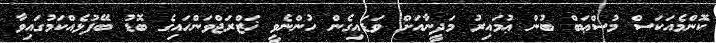
ކޮންމެއަކަސް މުސްޢަބް ބުން ޢުމައިރު މަދީނާއަށް ވަޑައިގެން ހުންނެވީ ޚަޒްރަޖްވަންހައިގެ ބޮޑު ބޭފުޅެއްކަމުގައިވާ